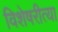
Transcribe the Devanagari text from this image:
विशेषरीत्या